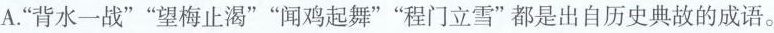
A.”背水一战””望梅止渴””闻鸡起舞””程门立雪”都是出自历史典故的成语。